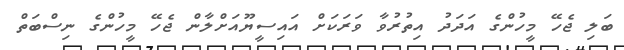
ބަލި ޖެހޭ މީހުންގެ އަދަދު އިތުރުވާ ވަރަކަށް އައިސީޔޫއަށްލާން ޖެހޭ މީހުންގެ ނިސްބަތް